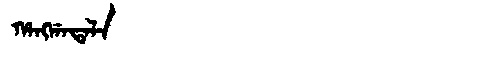
Manchu: ᡥᠠᠩᡤᠠᡨᠠᠯᠠ
Romanization: HANGGATALA